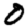
Digit: 0